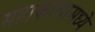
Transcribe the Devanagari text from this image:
महाकल्पामध्ये